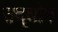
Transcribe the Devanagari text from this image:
उद्‌घोष